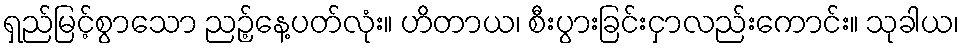
ရှည်မြင့်စွာသော ညဉ့်နေ့ပတ်လုံး။ ဟိတာယ၊ စီးပွားခြင်းငှာလည်းကောင်း။ သုခါယ၊